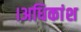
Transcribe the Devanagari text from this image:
।अधिकांश